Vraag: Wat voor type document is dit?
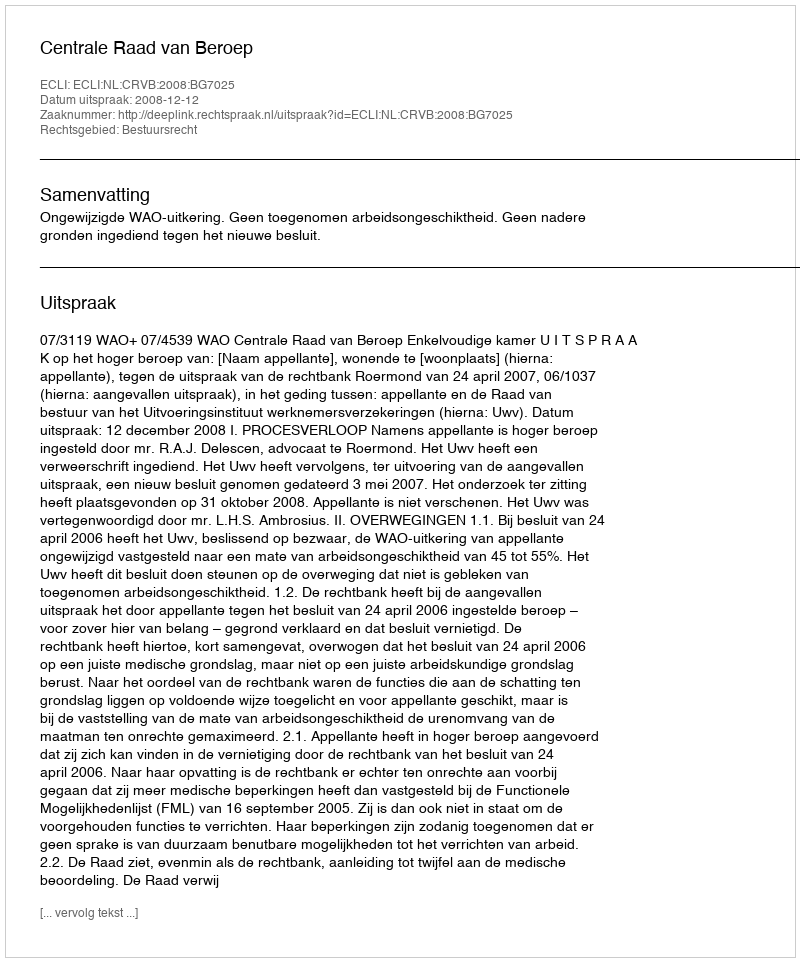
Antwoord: Uitspraak